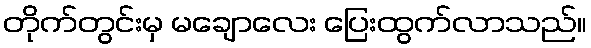
တိုက်တွင်းမှ မချောလေး ပြေးထွက်လာသည်။